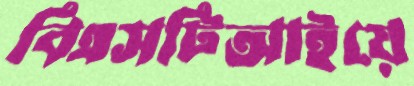
বিএসটিআইয়ে